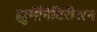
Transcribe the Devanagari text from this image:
ह्युमॅनिटिरीअन